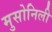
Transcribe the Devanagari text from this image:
मुसोनिली